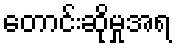
တောင်းဆိုမှုအရ